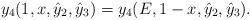
LaTeX: \begin{align*}y_4(1,x,\hat{y}_2,\hat{y}_3)=y_4(E,1-x,\hat{y}_2,\hat{y}_3).\end{align*}